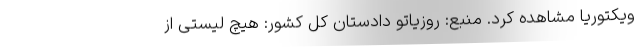
ویکتوریا مشاهده کرد. منبع: روزیاتو دادستان کل کشور: هیچ لیستی از